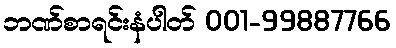
ဘဏ်စာရင်းနံပါတ် 001-99887766